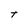
Character: t